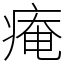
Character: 痷